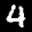
Label: 4